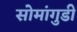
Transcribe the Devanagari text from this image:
सोमांगुडी